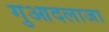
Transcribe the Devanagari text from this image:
गुआदलाजा